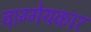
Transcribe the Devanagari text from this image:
वाग्गेयकार